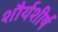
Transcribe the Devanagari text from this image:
शौर्यशीर्ष